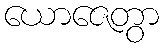
ယောဇေတွာ